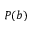
P ( b )